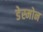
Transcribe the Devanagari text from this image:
डेस्मोन